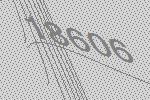
18606